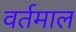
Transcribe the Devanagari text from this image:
वर्तमाल